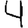
Digit: 4